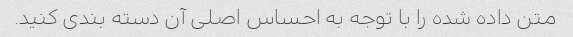
متن داده شده را با توجه به احساس اصلی آن دسته بندی کنید.